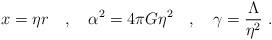
\begin{align*}x = \eta r \quad , \quad \alpha^2 = 4 \pi G \eta^2 \quad , \quad \gamma = \frac{\Lambda}{\eta^2} \ .\end{align*}